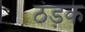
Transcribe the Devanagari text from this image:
ठंड़क